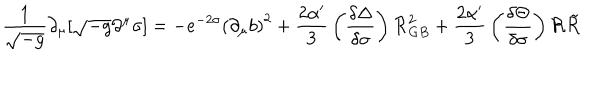
{ \frac { 1 } { \sqrt { - g } } } \partial _ { \mu } [ \sqrt { - g } \partial ^ { \mu } \sigma ] = - e ^ { - 2 \sigma } { ( { \partial } _ { \mu } b ) } ^ { 2 } + { \frac { 2 \alpha ^ { \prime } } { 3 } } \left( { \frac { \delta \Delta } { \delta \sigma } } \right) { \cal { R } } _ { G B } ^ { 2 } + { \frac { 2 \alpha ^ { \prime } } { 3 } } \left( { \frac { \delta \Theta } { \delta \sigma } } \right) { \cal { R } } { \tilde { \cal { R } } } \,